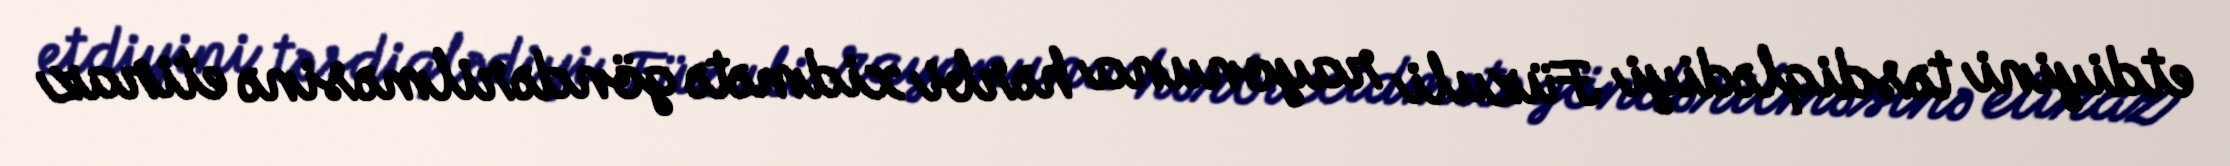
etdiyini təsdiqlədiyi Füzuli rayonuna hərbi xidmətə göndərilməsinə etiraz